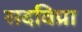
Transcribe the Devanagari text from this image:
सदविप्रा